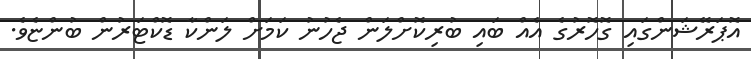
އޮޕަރޭޝަންގައި ގޮހޮރުގެ އެއް ބައި ބުރިކޮށްލަން ޖެހުނު ކަމަށް ލަންކާ ޑޮކްޓަރުން ބުންޏެވެ.